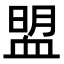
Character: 𧖽